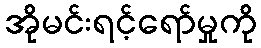
အိုမင်းရင့်ရော်မှုကို